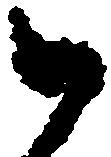
御